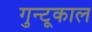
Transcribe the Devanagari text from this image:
गुन्टूकाल